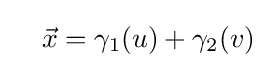
\quad {\vec {x}}=\gamma _{1}(u)+\gamma _{2}(v)\;